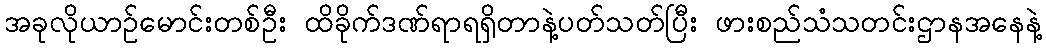
အခုလိုယာဥ်မောင်းတစ်ဦး ထိခိုက်ဒဏ်ရာရရှိတာနဲ့ပတ်သတ်ပြီး ဖားစည်သံသတင်းဌာနအနေနဲ့